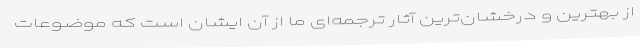
از بهترین و درخشان‌ترین آثار ترجمه‌ای ما از آن ایشان است که موضوعات